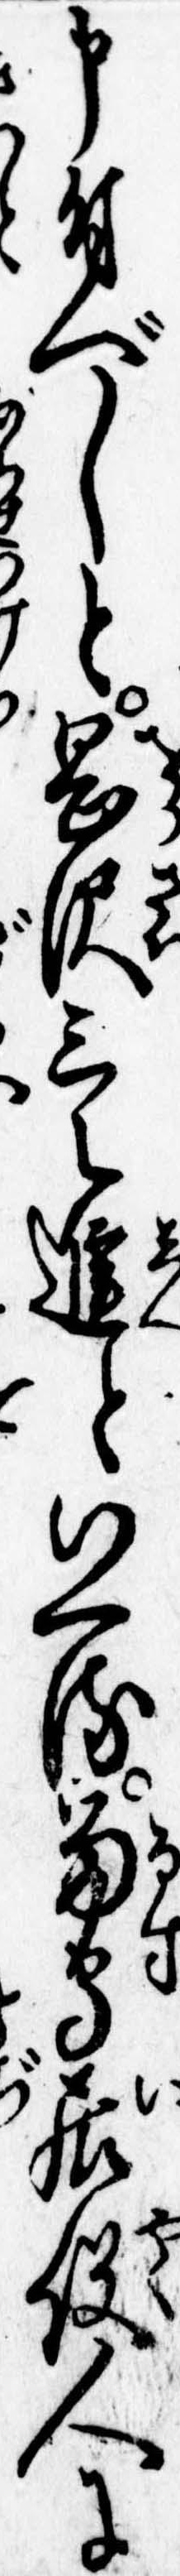
申付べしと岡沢三之進といへる留守居役人に